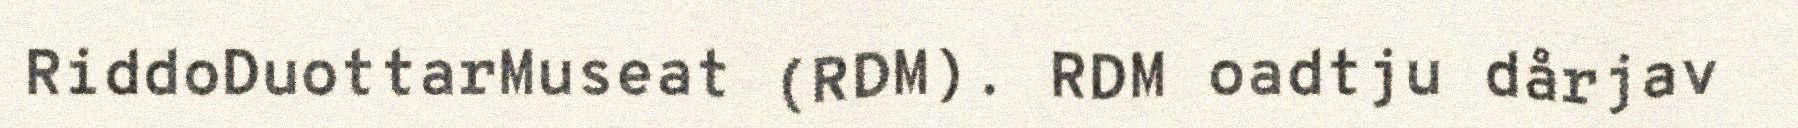
RiddoDuottarMuseat (RDM). RDM oadtju dårjav